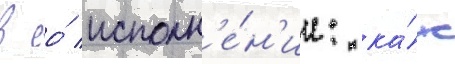
в ео́ исполн'е́н'ии: ка́к